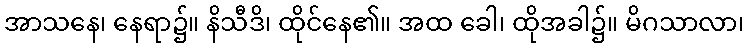
အာသနေ၊ နေရာ၌။ နိသီဒိ၊ ထိုင်နေ၏။ အထ ခေါ၊ ထိုအခါ၌။ မိဂသာလာ၊